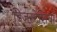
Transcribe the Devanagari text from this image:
डिजरटेशियाँ